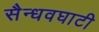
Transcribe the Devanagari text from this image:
सैन्धवघाटी